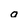
Character: a